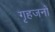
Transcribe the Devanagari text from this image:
गृहजनों